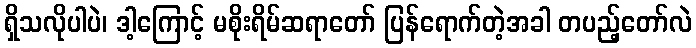
ရှိသလိုပါပဲ၊ ဒါ့ကြောင့် မစိုးရိမ်ဆရာတော် ပြန်ရောက်တဲ့အခါ တပည့်တော်လဲ